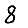
Digit: 8